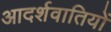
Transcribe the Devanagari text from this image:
आदर्शवातियों